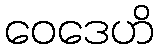
ဝေဒေဟိ